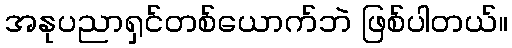
အနုပညာရှင်တစ်ယောက်ဘဲ ဖြစ်ပါတယ်။